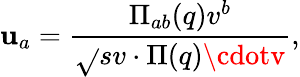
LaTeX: \mathbf{u}_{a}=\frac{{\Pi_{ab}(q)v^{b}}}{{\sqrt{}{{sv\cdot\Pi(q)\cdotv}}}},